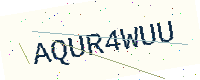
Text: AQUR4WUU